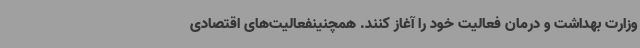
وزارت بهداشت و درمان فعالیت خود را آغاز کنند. همچنینفعالیت‌های اقتصادی